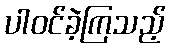
ပါဝင်ခဲ့ကြသည့်